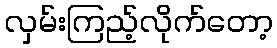
လှမ်းကြည့်လိုက်တော့